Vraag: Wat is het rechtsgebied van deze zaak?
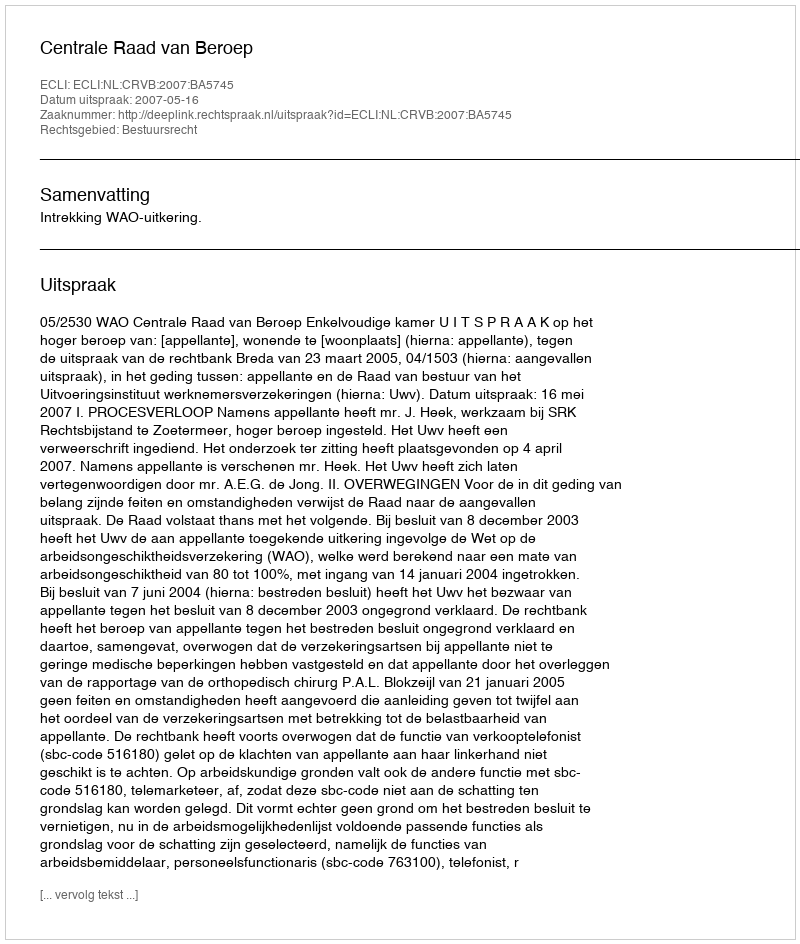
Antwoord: Bestuursrecht